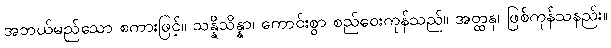
အဘယ်မည်သော စကားဖြင့်။ သန္နိသိန္နာ၊ ကောင်းစွာ စည်ဝေးကုန်သည်။ အတ္ထနု၊ ဖြစ်ကုန်သနည်း။